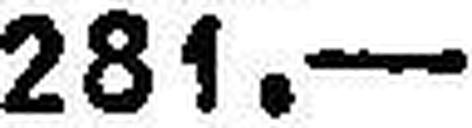
281.—